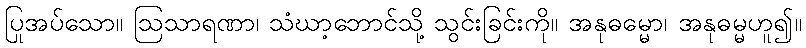
ပြုအပ်သော။ ဩသာရဏာ၊ သံဃာ့ဘောင်သို့ သွင်းခြင်းကို။ အနုဓမ္မော၊ အနုဓမ္မဟူ၍။